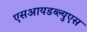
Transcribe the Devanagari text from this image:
एसआयडब्ल्युएस